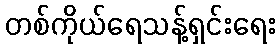
တစ်ကိုယ်ရေသန့်ရှင်းရေး